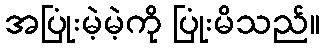
အပြုံးမဲ့မဲ့ကို ပြုံးမိသည်။